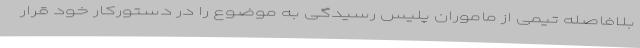
بلافاصله تیمی از ماموران پلیس رسیدگی به موضوع را در دستورکار خود قرار